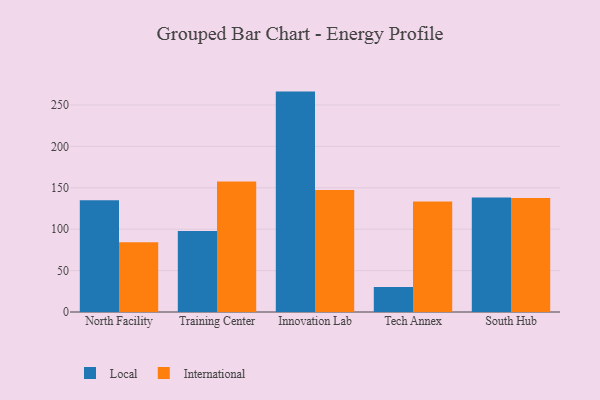
{"axis": {"x": "Campus", "y": "Temperature (°C)"}, "legend": ["International", "Local"], "data": [{"x": "North Facility", "y": 135.1, "type": "Local"}, {"x": "North Facility", "y": 84.2, "type": "International"}, {"x": "Training Center", "y": 97.8, "type": "Local"}, {"x": "Training Center", "y": 157.6, "type": "International"}, {"x": "Innovation Lab", "y": 266.2, "type": "Local"}, {"x": "Innovation Lab", "y": 147.3, "type": "International"}, {"x": "Tech Annex", "y": 30.2, "type": "Local"}, {"x": "Tech Annex", "y": 133.6, "type": "International"}, {"x": "South Hub", "y": 138.3, "type": "Local"}, {"x": "South Hub", "y": 137.8, "type": "International"}]}